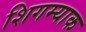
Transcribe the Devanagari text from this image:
शिगम्याक